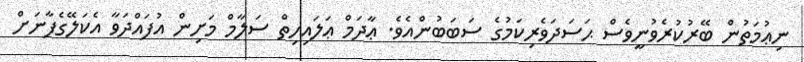
ނިޢުމަތުން ބޭރުކުރެވުނީވެސް ޙަސަދަވެރިކަމުގެ ސަބަބުންއެވެ. ޢާދަމް ޢަލައިހިތް ސަލާމް މަށިން އުފައްދަވާ އެކަލޭގެފާނަށް